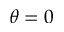
\theta = 0